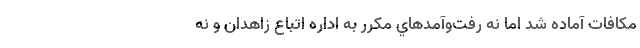
مكافات آماده شد اما نه رفت‌و‌آمدهاي مكرر به اداره اتباع زاهدان و نه